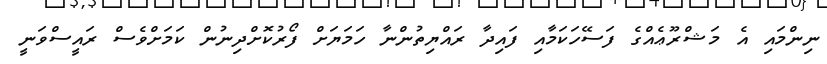
ނިންމައި އެ މަޝްރޫޢެއްގެ ފަސޭހަކަމާއި ފައިދާ ރައްޔިތުންނާ ހަމަޔަށް ފޯރުކޮށްދިނުން ކަމަށްވެސް ރައީސްވަނީ